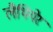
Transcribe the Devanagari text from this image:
लैथियेर